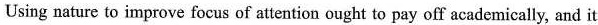
Using nature to improve focus of attentiou ought to pay off academically, and it